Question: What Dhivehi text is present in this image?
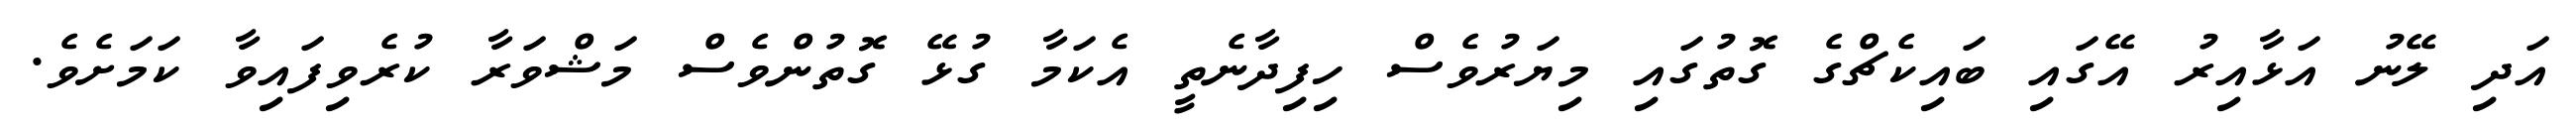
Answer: އަދި ލޭނު އަޅާއިރު އޭގައި ބައިކެޗްގެ ގޮތުގައި މިޔަރުވެސް ހިފިދާނެތީ އެކަމާ ގުޅޭ ގޮތުންވެސް މަޝްވަރާ ކުރެވިފައިވާ ކަމަށެވެ.